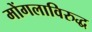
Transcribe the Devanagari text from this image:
मोंगलाविरुद्ध